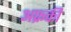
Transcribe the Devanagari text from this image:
अफ्रकी